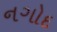
નગોદ